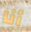
أنا